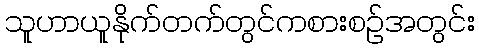
သူဟာယူနိုက်တက်တွင်ကစားစဉ်အတွင်း